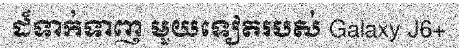
ដ៏ទាក់ទាញ មួយទៀតរបស់ Galaxy J6+